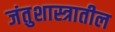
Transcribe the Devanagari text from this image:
जंतुशास्त्रातील